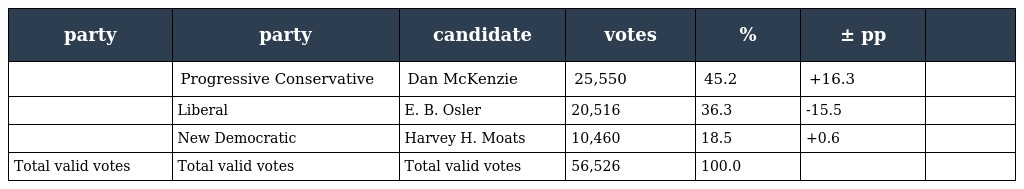
| party | party | candidate | votes | % | ± pp |  |
 | --- | --- | --- | --- | --- | --- | --- |
 |  | Progressive Conservative | Dan McKenzie | 25,550 | 45.2 | +16.3 |  |
 |  | Liberal | E. B. Osler | 20,516 | 36.3 | -15.5 |  |
 |  | New Democratic | Harvey H. Moats | 10,460 | 18.5 | +0.6 |  |
 | Total valid votes | Total valid votes | Total valid votes | 56,526 | 100.0 |  |  |